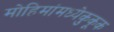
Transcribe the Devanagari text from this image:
मोहिमांमध्येकुकूक